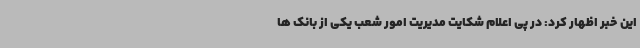
این خبر اظهار کرد: در پی اعلام شکایت مدیریت امور شعب یکی از بانک ها